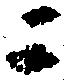
ニ